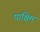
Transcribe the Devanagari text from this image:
पाश्चिम